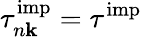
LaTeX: \tau_{n\mathbf k}^{\mathrm{imp}}=\tau^{\mathrm{imp}}